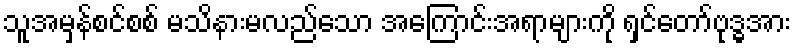
သူအမှန်စင်စစ် မသိနားမလည်သော အကြောင်းအရာများကို ရှင်တော်ဗုဒ္ဓအား